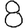
Digit: 8